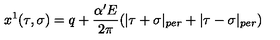
x ^ { 1 } ( \tau , \sigma ) = q + \frac { \alpha ^ { \prime } E } { 2 \pi } ( | \tau + \sigma | _ { p e r } + | \tau - \sigma | _ { p e r } )